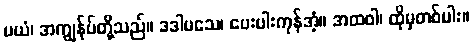
မယံ၊ အကျွန်ုပ်တို့သည်။ ဒဒါမသေ၊ ပေးပါးကုန်အံ့။ အထဝါ၊ ထိုမှတစ်ပါး။